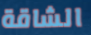
الشاقة